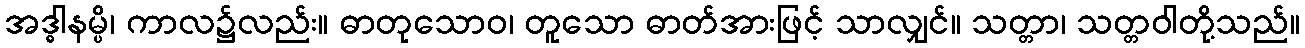
အဒ္ဓါနမ္ပိ၊ ကာလ၌လည်း။ ဓာတုသောဝ၊ တူသော ဓာတ်အားဖြင့် သာလျှင်။ သတ္တာ၊ သတ္တဝါတို့သည်။